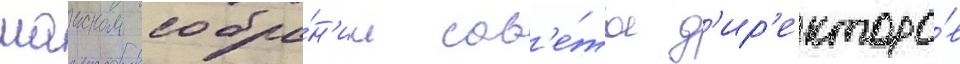
маиском собра́н'ии сов'е́та д'ир'екторо́в